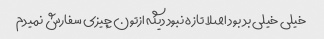
خیلی خیلی بد بود اصلا تازه نبود دیگه ازتون چیزی سفارش نمیدم